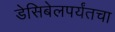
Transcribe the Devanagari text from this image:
डेसिबेलपर्यंतचा